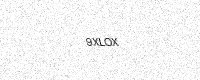
Text: 9XLOX